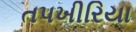
તપખીરિયા